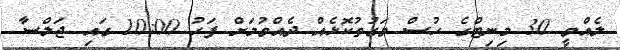
ލެއްވީ 30 މިނިޓްގެ ހުސް ވަގުތުކޮޅެއް ދެއްވުމަށް ފަހު 10:00 ގައި ޖަލްސާ